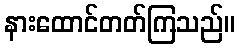
နားထောင်တတ်ကြသည်။